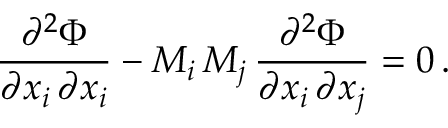
{ \frac { \partial ^ { 2 } \Phi } { \partial x _ { i } \, \partial x _ { i } } } - M _ { i } \, M _ { j } \, { \frac { \partial ^ { 2 } \Phi } { \partial x _ { i } \, \partial x _ { j } } } = 0 \, .